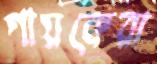
গায়কেরা